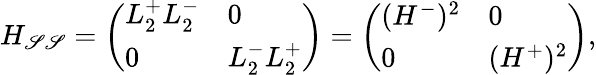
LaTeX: H_{\mathscr{S}\mathscr{S}}=\left(\begin{array}{ll}{L_{2}^{+}L_{2}^{-}}&{0}\\ {0}&{L_{2}^{-}L_{2}^{+}}\end{array}\right)=\left(\begin{array}{ll}{(H^{-})^{2}}&{0}\\ {0}&{(H^{+})^{2}}\end{array}\right),